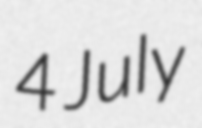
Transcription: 4 July